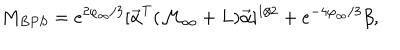
LaTeX: M _ { B P S } = e ^ { 2 \varphi _ { \infty } / 3 } [ { \vec { \alpha } } ^ { T } ( { \cal M } _ { \infty } + { L } ) { \vec { \alpha } } ] ^ { 1 / 2 } + e ^ { - 4 \varphi _ { \infty } / 3 } \beta ,